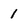
Character: 1